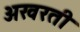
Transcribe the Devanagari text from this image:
अखरती